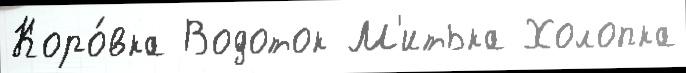
Коро́вка Водоток М'итька Холопка